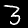
Label: 3